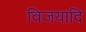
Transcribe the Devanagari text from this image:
विजयादि